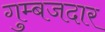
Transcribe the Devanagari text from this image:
गुम्बजदार